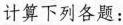
计算下列各题：